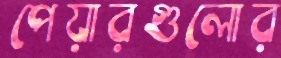
পেয়ারগুলোর